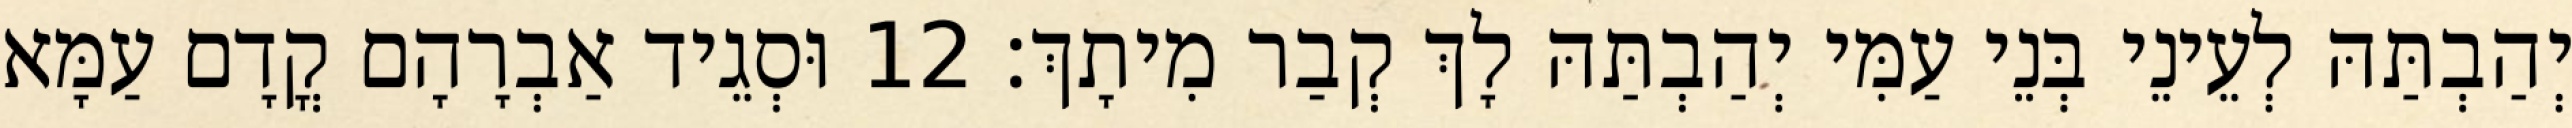
יְהַבְתַּהּ לְעֵינֵי בְּנֵי עַמִּי יְהַבְתַּהּ לָךְ קְבַר מִיתָךְ׃ 12 וּסְגֵיד אַבְרָהָם קֳדָם עַמָּא